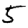
Digit: 5